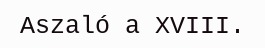
Aszaló a XVIII.